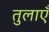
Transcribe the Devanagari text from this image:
तुलाएँ